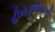
હીમોફીલિયાની